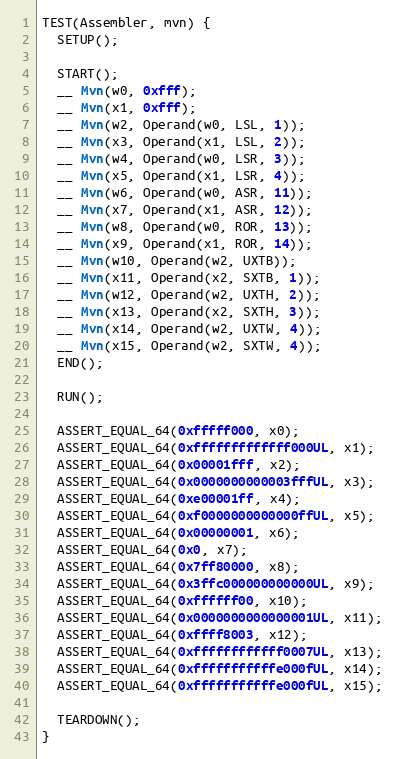
Language: C++
TEST(Assembler, mvn) {
  SETUP();

  START();
  __ Mvn(w0, 0xfff);
  __ Mvn(x1, 0xfff);
  __ Mvn(w2, Operand(w0, LSL, 1));
  __ Mvn(x3, Operand(x1, LSL, 2));
  __ Mvn(w4, Operand(w0, LSR, 3));
  __ Mvn(x5, Operand(x1, LSR, 4));
  __ Mvn(w6, Operand(w0, ASR, 11));
  __ Mvn(x7, Operand(x1, ASR, 12));
  __ Mvn(w8, Operand(w0, ROR, 13));
  __ Mvn(x9, Operand(x1, ROR, 14));
  __ Mvn(w10, Operand(w2, UXTB));
  __ Mvn(x11, Operand(x2, SXTB, 1));
  __ Mvn(w12, Operand(w2, UXTH, 2));
  __ Mvn(x13, Operand(x2, SXTH, 3));
  __ Mvn(x14, Operand(w2, UXTW, 4));
  __ Mvn(x15, Operand(w2, SXTW, 4));
  END();

  RUN();

  ASSERT_EQUAL_64(0xfffff000, x0);
  ASSERT_EQUAL_64(0xfffffffffffff000UL, x1);
  ASSERT_EQUAL_64(0x00001fff, x2);
  ASSERT_EQUAL_64(0x0000000000003fffUL, x3);
  ASSERT_EQUAL_64(0xe00001ff, x4);
  ASSERT_EQUAL_64(0xf0000000000000ffUL, x5);
  ASSERT_EQUAL_64(0x00000001, x6);
  ASSERT_EQUAL_64(0x0, x7);
  ASSERT_EQUAL_64(0x7ff80000, x8);
  ASSERT_EQUAL_64(0x3ffc000000000000UL, x9);
  ASSERT_EQUAL_64(0xffffff00, x10);
  ASSERT_EQUAL_64(0x0000000000000001UL, x11);
  ASSERT_EQUAL_64(0xffff8003, x12);
  ASSERT_EQUAL_64(0xffffffffffff0007UL, x13);
  ASSERT_EQUAL_64(0xfffffffffffe000fUL, x14);
  ASSERT_EQUAL_64(0xfffffffffffe000fUL, x15);

  TEARDOWN();
}